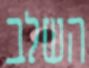
השלב